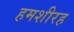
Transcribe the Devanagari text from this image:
हमशीरह